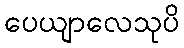
ပေယျာလေသုပိ